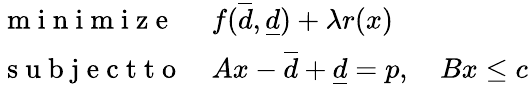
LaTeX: \begin{array}{ll}{\mathrm{~m~i~n~i~m~i~z~e~}}&{f(\overline{d},\underline{d})+\lambda r(x)}\\ {\mathrm{~s~u~b~j~e~c~t~t~o~}}&{Ax-\overline{d}+\underline{d}=p,\quad Bx\leq c}\end{array}